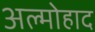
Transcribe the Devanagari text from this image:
अल्मोहाद